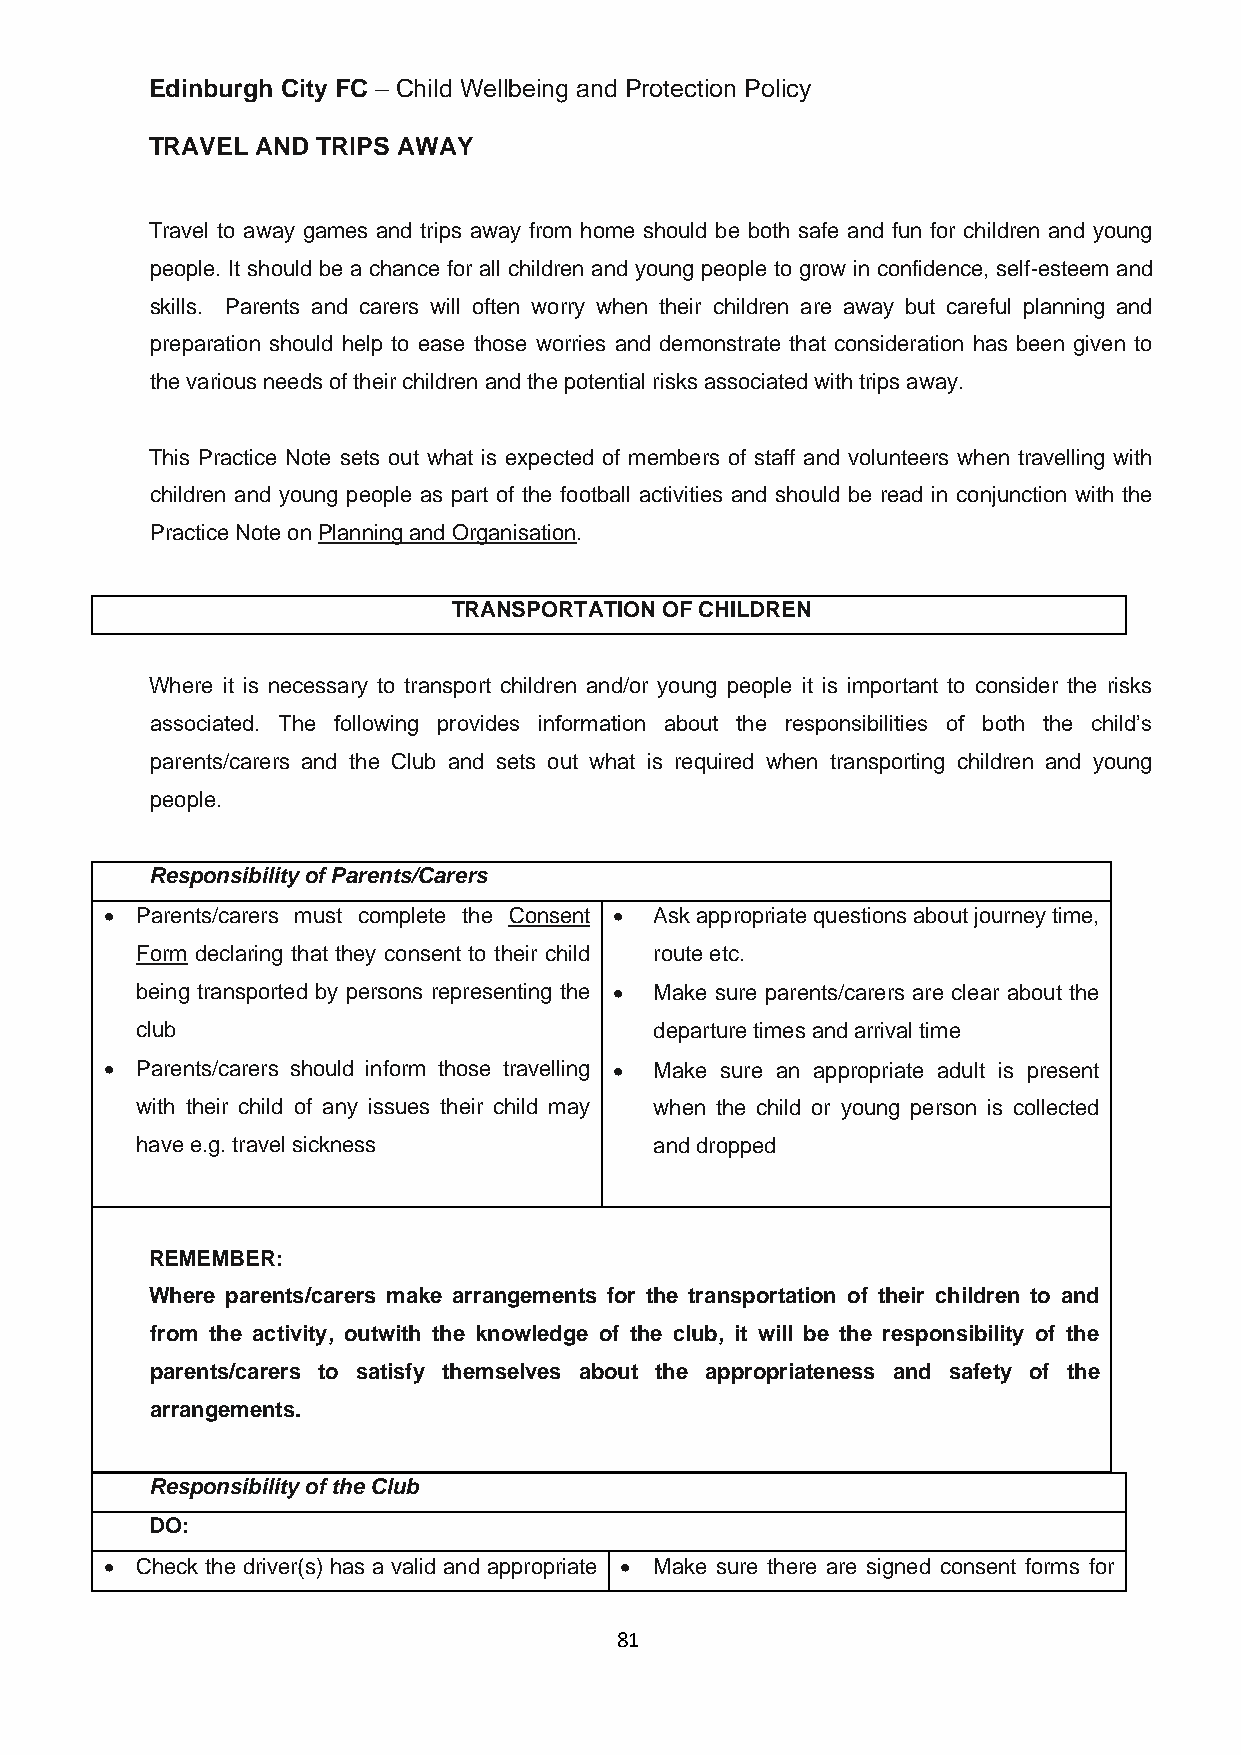
Edinburgh City FC – Child Wellbeing and Protection Policy
 TRAVEL AND TRIPS AWAY
 Travel to away games and trips away from home should be both safe and fun for children and young
 people. It should be a chance for all children and young people to grow in confidence, self-esteem and
 skills. Parents and carers will often worry when their children are away but careful planning and
 preparation should help to ease those worries and demonstrate that consideration has been given to
 the various needs of their children and the potential risks associated with trips away.
 This Practice Note sets out what is expected of members of staff and volunteers when travelling with
 children and young people as part of the football activities and should be read in conjunction with the
 Practice Note on Planning and Organisation.
 TRANSPORTATION OF CHILDREN
 Where it is necessary to transport children and/or young people it is important to consider the risks
 associated. The following provides information about the responsibilities of both the child’s
 parents/carers and the Club and sets out what is required when transporting children and young
 people.
 Responsibility of Parents/Carers
 • Parents/carers must complete the Consent • Ask appropriate questions about journey time,
 Form declaring that they consent to their child route etc.
 being transported by persons representing the • Make sure parents/carers are clear about the
 club                              departure times and arrival time
 • Parents/carers should inform those travelling • Make sure an appropriate adult is present
 with their child of any issues their child may when the child or young person is collected
 have e.g. travel sickness         and dropped
 REMEMBER:
 Where parents/carers make arrangements for the transportation of their children to and
 from the activity, outwith the knowledge of the club, it will be the responsibility of the
 parents/carers to satisfy themselves about the appropriateness and safety of the
 arrangements.
 Responsibility of the Club
 DO:
 • Check the driver(s) has a valid and appropriate • Make sure there are signed consent forms for
 81